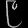
Digit: ၉